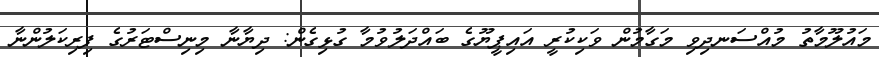
މައުލޫމާތު މުއްސަނދިވި މަގާމުން ވަކިކުރީ އައިޕީޔޫގެ ބައްދަލުވުމާ ގުޅިގެން: ދިޔާނާ މިނިސްޓަރުގެ ފިރިކަލުންނާ